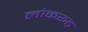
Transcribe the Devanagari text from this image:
लोकरूढ़